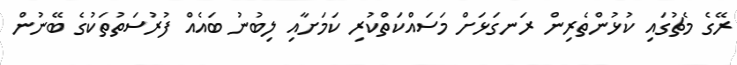
ރޭގެ މެޗުގައި ކުޅުންތެރިން ރަނގަޅަށް މަސައްކަތްކުރި ކަމަށާއި ލިބުނު ބައެއް ފުރުސަތުތަކުގެ ބޭނުން